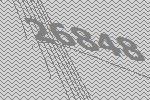
26848